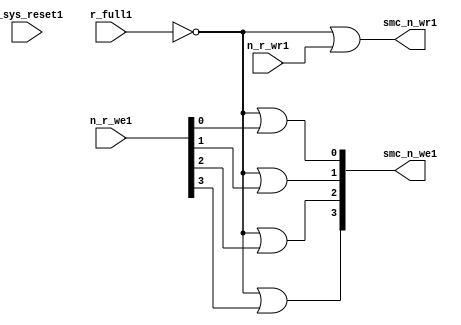
//File1 name   : smc_wr_enable_lite1.v
//Title1       : 
//Created1     : 1999
//Description1 : 
//Notes1       : 
//----------------------------------------------------------------------
//   Copyright1 1999-2010 Cadence1 Design1 Systems1, Inc1.
//   All Rights1 Reserved1 Worldwide1
//
//   Licensed1 under the Apache1 License1, Version1 2.0 (the
//   "License1"); you may not use this file except1 in
//   compliance1 with the License1.  You may obtain1 a copy of
//   the License1 at
//
//       http1://www1.apache1.org1/licenses1/LICENSE1-2.0
//
//   Unless1 required1 by applicable1 law1 or agreed1 to in
//   writing, software1 distributed1 under the License1 is
//   distributed1 on an "AS1 IS1" BASIS1, WITHOUT1 WARRANTIES1 OR1
//   CONDITIONS1 OF1 ANY1 KIND1, either1 express1 or implied1.  See
//   the License1 for the specific1 language1 governing1
//   permissions1 and limitations1 under the License1.
//----------------------------------------------------------------------


  module smc_wr_enable_lite1 (

                      //inputs1                      

                      n_sys_reset1,
                      r_full1,
                      n_r_we1,
                      n_r_wr1,

                      //outputs1

                      smc_n_we1,
                      smc_n_wr1);

//I1/O1
   
   input             n_sys_reset1;   //system reset
   input             r_full1;    // Full cycle write strobe1
   input [3:0]       n_r_we1;    //write enable from smc_strobe1
   input             n_r_wr1;    //write strobe1 from smc_strobe1
   output [3:0]      smc_n_we1;  // write enable (active low1)
   output            smc_n_wr1;  // write strobe1 (active low1)
   
   
//output reg declaration1.
   
   reg [3:0]          smc_n_we1;
   reg                smc_n_wr1;

//----------------------------------------------------------------------
// negedge strobes1 with clock1.
//----------------------------------------------------------------------
      

//----------------------------------------------------------------------
      
//--------------------------------------------------------------------
// Gate1 Write strobes1 with clock1.
//--------------------------------------------------------------------

  always @(r_full1 or n_r_we1)
  
  begin
  
     smc_n_we1[0] = ((~r_full1  ) | n_r_we1[0] );

     smc_n_we1[1] = ((~r_full1  ) | n_r_we1[1] );

     smc_n_we1[2] = ((~r_full1  ) | n_r_we1[2] );

     smc_n_we1[3] = ((~r_full1  ) | n_r_we1[3] );

  
  end

//--------------------------------------------------------------------   
//write strobe1 generation1
//--------------------------------------------------------------------   

  always @(n_r_wr1 or r_full1 )
  
     begin
  
        smc_n_wr1 = ((~r_full1 ) | n_r_wr1 );
       
     end

endmodule // smc_wr_enable1